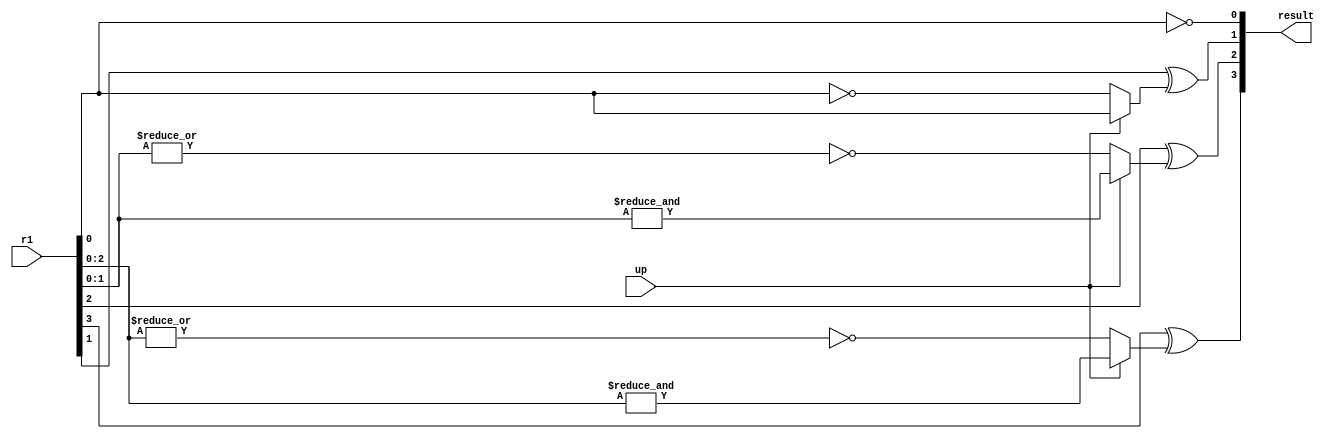
//
// Disclaimer:
//
//   This Verilog source code is intended as a design reference
//   which illustrates how these types of functions can be implemented.
//   It is the user's responsibility to verify their design for
//   consistency and functionality through the use of formal
//   verification methods.  
//
// --------------------------------------------------------------------
//           
//                     Lih-Feng Tsaur
//                     UCSD CSE Department
//                     9500 Gilman Dr, La Jolla, CA 92093
//                     U.S.A
//
// --------------------------------------------------------------------
// Example:
//  wire [10:0] o_adder_vbuf_count;
//  defparam vbuf_count.N = 11;
//  N_bit_counter vbuf_count(
//    .result (o_adder_vbuf_count)       , // Output
//    .r1 (l_count)                      , // input
//    .up (1'b1)                           //1: count up, 0: count down
//  );
//
//  NOTE:  Don't turn on USE_HALF_ADDER, it is for illustration only
// Revision History : 0.0
//---------------------------------------------------------------------
//`define  USE_HALF_ADDER
module N_bit_counter (
result      , // Output
r1          ,  // input
up
);

parameter N = 4;
parameter N_1 = N - 1;
// Input Port Declarations       
input    [N_1:0]   r1         ;
input              up         ; 

// Output Port Declarations
output   [N_1:0]  result      ;

// Port Wires
wire     [N_1:0]    r1        ;
wire     [N_1:0]    result    ;

`ifdef   USE_HALF_ADDER
// Internal variables
wire     [N:0]      r2       ;
assign   r2[0] = 1'b1;
genvar i;
generate
    for (i = 1; i < N; i=i+1) 
    begin : counter_gen_label	
        half_adder adder_inst (
            .a(r1[i]),
            .b(r2[i]),
            .sum(result[i]),
		    .carry(r2[i+1])
        );
    end
endgenerate;

`else  //~USE_HALF_ADDER

// Internal variables
wire     [N_1:0]      ci       ;

assign result[0] = ~r1[0];
genvar i;
generate
    for (i = 1; i < N; i=i+1) 
    begin : counter_gen_label	
        assign ci[i] = (up)? &r1[i-1:0] : ~|r1[i-1:0];
        xor (result[i], r1[i], ci[i]);
    end
endgenerate;

`endif

endmodule // End Of Module adder

`ifdef USE_HALF_ADDER
module half_adder(a, b, sum, carry);
input a;
input b;
output sum;
output carry;

xor(sum,a,b);
and(carry,a,b);

endmodule
`endif